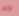
ذلك